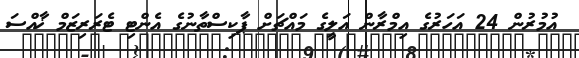
އުމުރުން 24 އަހަރުގެ އިމްރާން އަލީގެ މައްޗަށް ޕާކިސްތާނުގެ އެންޓި ޓެރަރިޒަމް ޚާއްސަ